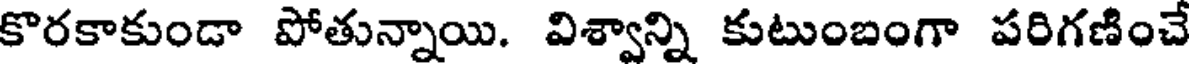
కొరకాకుండా పోతున్నాయి. విశ్వాన్ని కుటుంబంగా పరిగణించే